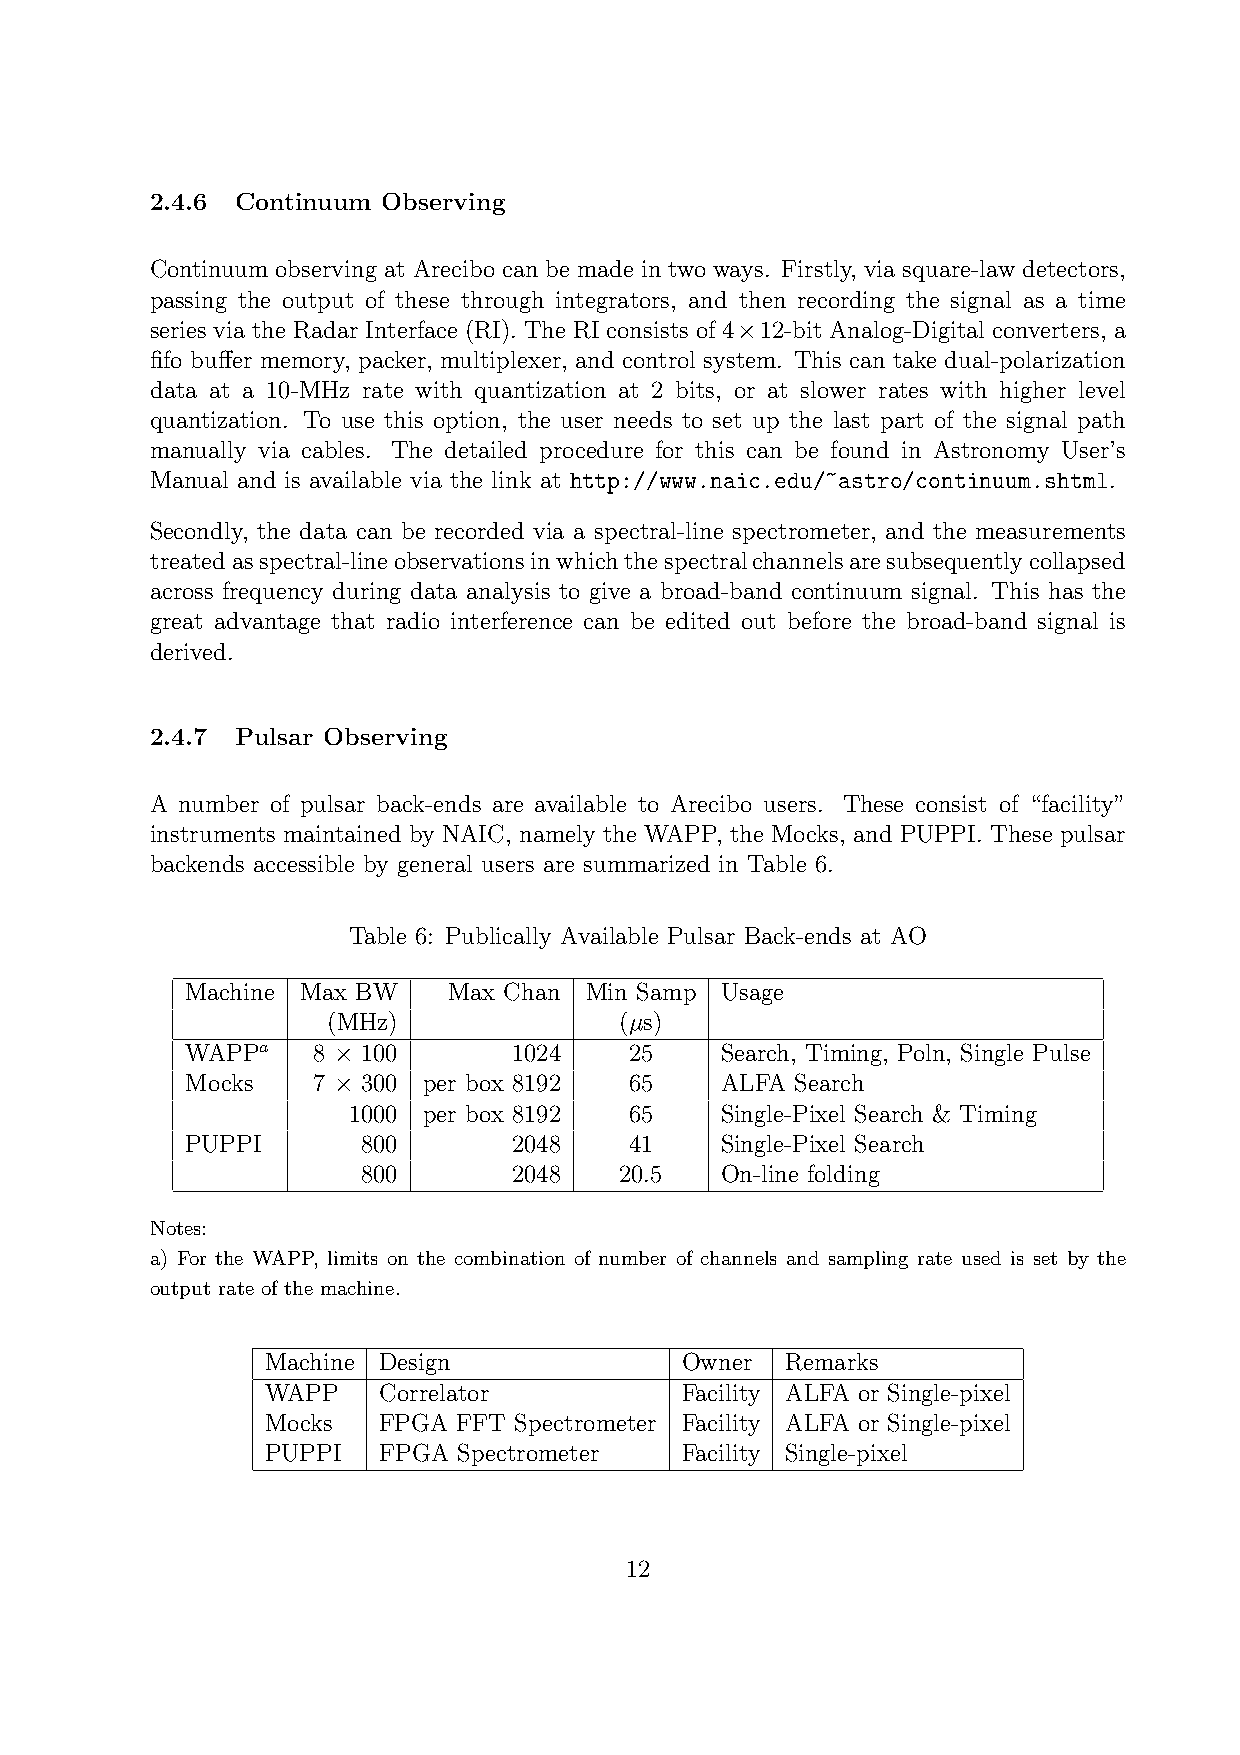
2.4.6 Continuum Observing
 Continuum observing at Arecibo can be made in two ways. Firstly, via square-law detectors,
 passing the output of these through integrators, and then recording the signal as a time
 series via the Radar Interface (RI). The RI consists of 4 12-bit Analog-Digital converters, a
 ×
 fifo buffer memory, packer, multiplexer, and control system. This can take dual-polarization
 data at a 10-MHz rate with quantization at 2 bits, or at slower rates with higher level
 quantization. To use this option, the user needs to set up the last part of the signal path
 manually via cables. The detailed procedure for this can be found in Astronomy User’s
 Manual and is available via the link at http://www.naic.edu/~astro/continuum.shtml.
 Secondly, the data can be recorded via a spectral-line spectrometer, and the measurements
 treatedasspectral-lineobservationsinwhichthespectralchannelsaresubsequentlycollapsed
 across frequency during data analysis to give a broad-band continuum signal. This has the
 great advantage that radio interference can be edited out before the broad-band signal is
 derived.
 2.4.7 Pulsar Observing
 A number of pulsar back-ends are available to Arecibo users. These consist of “facility”
 instruments maintained by NAIC, namely the WAPP, the Mocks, and PUPPI. These pulsar
 backends accessible by general users are summarized in Table 6.
 Table 6: Publically Available Pulsar Back-ends at AO
 Machine Max BW    Max Chan Min Samp Usage
 (MHz)              (µs)
 WAPPa    8  100       1024    25    Search, Timing, Poln, Single Pulse
 ×
 Mocks    7  300 per box 8192  65    ALFA Search
 ×
 1000 per box 8192  65    Single-Pixel Search & Timing
 PUPPI       800       2048    41    Single-Pixel Search
 800       2048   20.5   On-line folding
 Notes:
 a) For the WAPP, limits on the combination of number of channels and sampling rate used is set by the
 output rate of the machine.
 Machine Design             Owner  Remarks
 WAPP   Correlator          Facility ALFA or Single-pixel
 Mocks  FPGA FFT Spectrometer Facility ALFA or Single-pixel
 PUPPI  FPGA Spectrometer   Facility Single-pixel
 12